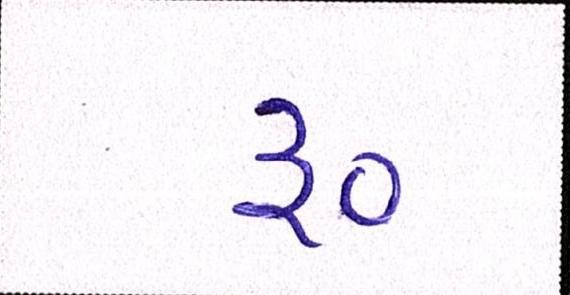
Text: ૱